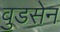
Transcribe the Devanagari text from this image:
वुडसेन